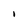
Character: 1